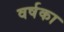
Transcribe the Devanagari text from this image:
वर्षका